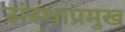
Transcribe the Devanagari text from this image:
संस्थाप्रमुख